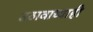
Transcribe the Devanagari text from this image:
उठावाच्याही